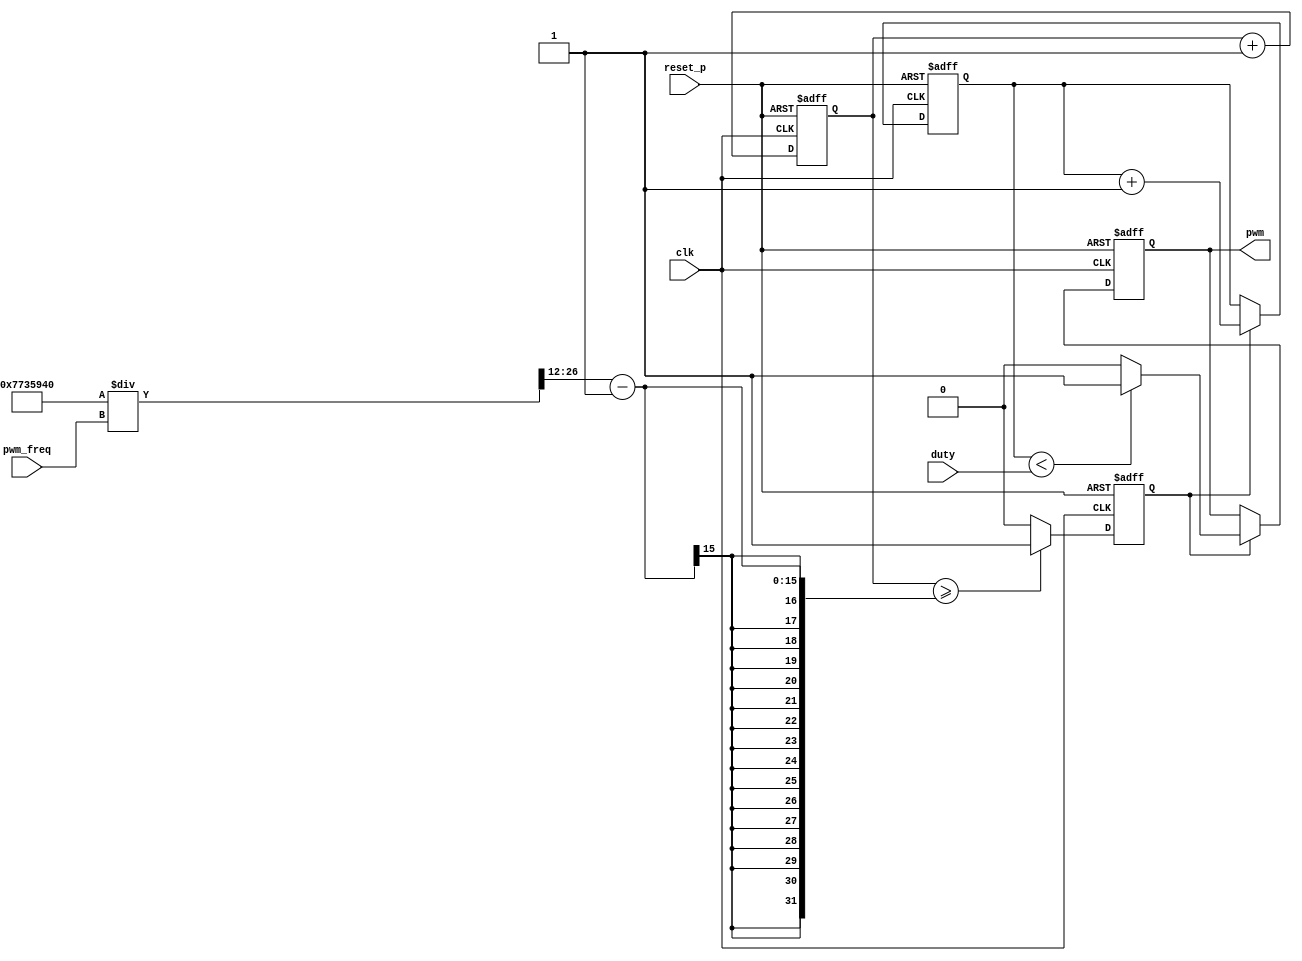
`timescale 1ns / 1ps
//////////////////////////////////////////////////////////////////////////////////




module pwm_controller #(
    parameter SYS_FREQ = 125, //125MHz
    parameter N = 12 // 2^7 = 128
    )(
    input clk, reset_p,
    input [N-1:0] duty, //N duty
    input [13:0] pwm_freq,
    output reg pwm    );

    localparam REAL_SYS_FREQ = SYS_FREQ * 1000 * 1000;

    reg [26:0] cnt;
    reg pwm_clk_nbit; // 
    
    //clock      negative slack  
    //    pdt      
    wire [26:0] temp;
    assign temp = (REAL_SYS_FREQ /pwm_freq);

    always @(posedge reset_p, posedge clk) begin
        if (reset_p) begin
            pwm_clk_nbit <= 0;
            cnt <= 0;
        end
        else begin
            // 128  -> 2^7     
            if (cnt >= temp[26:N] - 1) begin
            // 100 
            // if (cnt >= REAL_SYS_FREQ /pwm_freq /100 - 1) begin
                cnt <= 0;
                pwm_clk_nbit <= 1'b1;
            end
            else begin
                pwm_clk_nbit <= 1'b0;
            end
            cnt = cnt + 1;

        end
    end

    reg [N-1:0] cnt_duty;
    always @(posedge reset_p, posedge clk) begin
        if (reset_p) begin
            pwm <= 1'b0;
            cnt_duty <= 0;
        end
        else begin
            if (pwm_clk_nbit) begin
                //2^N 
                cnt_duty <= cnt_duty + 1;
                if(cnt_duty < duty) pwm <= 1'b1;
                else pwm <= 1'b0;
            end           
        end
    end
endmodule


module pwm_controller_period #(
    parameter SYS_FREQ = 125, //125MHz
    parameter N = 12 // 2^12 = 4096
    ) (
    input clk, reset_p,
    input [26:0] duty,
    input [26:0] pwm_period, 
    output reg pwm  );

    localparam REAL_SYS_FREQ = SYS_FREQ * 1000 * 1000;

    reg [26:0] cnt;
    always @(posedge clk, posedge reset_p) begin
        if (reset_p) begin
            pwm = 0;
            cnt = 0;
        end
        else begin
            if (cnt >= pwm_period -1 ) begin 
                cnt = 0;
            end
            else cnt = cnt + 1;

            if (cnt > duty) pwm = 0;
            else pwm = 1;
        end
    end
endmodule